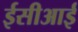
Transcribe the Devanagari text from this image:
ईसीआई